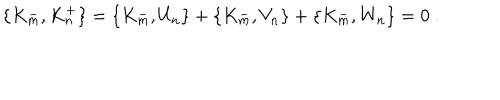
\{ K _ { m } ^ { - } , K _ { n } ^ { + } \} = \{ K _ { m } ^ { - } , U _ { n } \} + \{ K _ { m } ^ { - } , V _ { n } \} + \{ K _ { m } ^ { - } , W _ { n } \} = 0 \ .